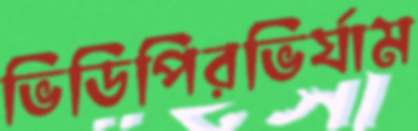
ভিডিপিরভির্যাম